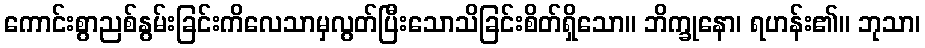
ကောင်းစွာညစ်နွမ်းခြင်းကိလေသာမှလွတ်ပြီးသောသိခြင်းစိတ်ရှိသော။ ဘိက္ခုနော၊ ရဟန်း၏။ ဘုသာ၊